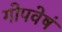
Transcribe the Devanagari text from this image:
गोपवेषं